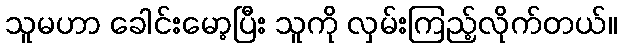
သူမဟာ ခေါင်းမော့ပြီး သူကို လှမ်းကြည့်လိုက်တယ်။